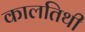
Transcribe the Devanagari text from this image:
कालतिथी